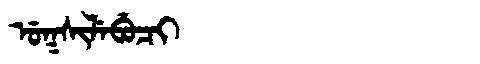
Manchu: ᡠᡴᠰᡳᠯᡝᠪᡠᠴᡳ
Romanization: UKSILEBUCI